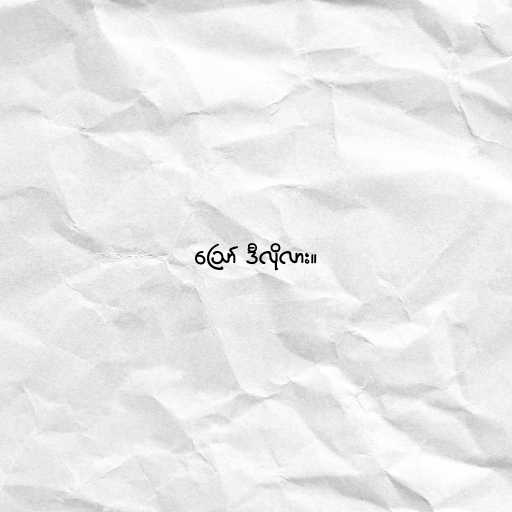
ဪ ဒီလိုလား။